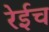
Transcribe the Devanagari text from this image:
रेईच